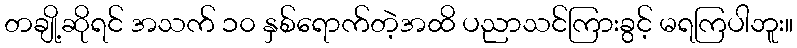
တချို့ဆိုရင် အသက် ၁၀ နှစ်ရောက်တဲ့အထိ ပညာသင်ကြားခွင့် မရကြပါဘူး။